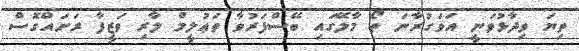
ތިޔަ ވިދާޅުވަނީ އަވަގުރާނަ ތޯ މާލޭގައި ބޭސްފަރުވާ ތަޢުލީމް ލާރި ވަޒީފާ ރަށައްގޮސް